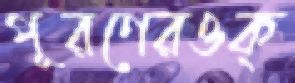
পূরণেরওক্